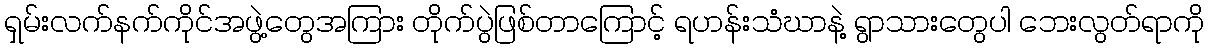
ရှမ်းလက်နက်ကိုင်အဖွဲ့တွေအကြား တိုက်ပွဲဖြစ်တာကြောင့် ရဟန်းသံဃာနဲ့ ရွာသားတွေပါ ဘေးလွတ်ရာကို